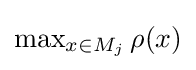
{\textstyle \max _{x\in M_{j}}\rho (x)}